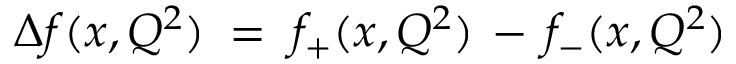
\Delta f ( x , Q ^ { 2 } ) \; = \; f _ { + } ( x , Q ^ { 2 } ) \, - \, f _ { - } ( x , Q ^ { 2 } )